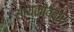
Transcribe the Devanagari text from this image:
सायकीवकर